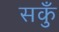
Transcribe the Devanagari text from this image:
सकुँ